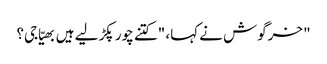
" خرگوش نے کہا، "کتنے چور پکڑ لیے ہیں بھیّا جی؟